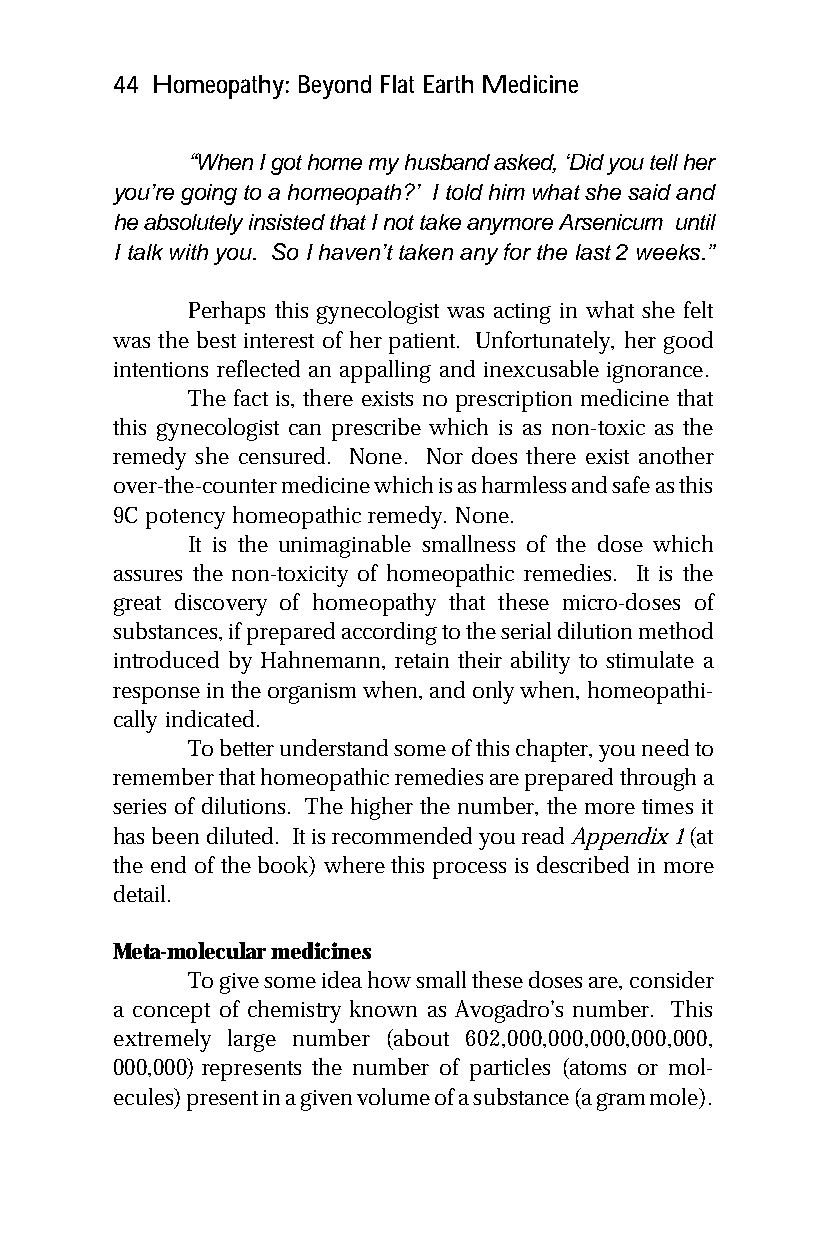
44 Homeopathy: Beyond Flat Earth Medicine
 “When I got home my husband asked, ‘Did you tell her
 you’re going to a homeopath?’ I told him what she said and
 he absolutely insisted that I not take anymore Arsenicum until
 I talk with you. So I haven’t taken any for the last 2 weeks.”
 Perhaps this gynecologist was acting in what she felt
 was the best interest of her patient. Unfortunately, her good
 intentions reflected an appalling and inexcusable ignorance.
 The fact is, there exists no prescription medicine that
 this gynecologist can prescribe which is as non-toxic as the
 remedy she censured. None. Nor does there exist another
 over-the-counter medicine which is as harmless and safe as this
 9C potency homeopathic remedy. None.
 It is the unimaginable smallness of the dose which
 assures the non-toxicity of homeopathic remedies. It is the
 great discovery of homeopathy that these micro-doses of
 substances, if prepared according to the serial dilution method
 introduced by Hahnemann, retain their ability to stimulate a
 response in the organism when, and only when, homeopathi-
 cally indicated.
 To better understand some of this chapter, you need to
 remember that homeopathic remedies are prepared through a
 series of dilutions. The higher the number, the more times it
 has been diluted. It is recommended you read Appendix 1 (at
 the end of the book) where this process is described in more
 detail.
 Meta-molecular medicines
 To give some idea how small these doses are, consider
 a concept of chemistry known as Avogadro’s number. This
 extremely large number (about 602,000,000,000,000,000,
 000,000) represents the number of particles (atoms or mol-
 ecules) present in a given volume of a substance (a gram mole).